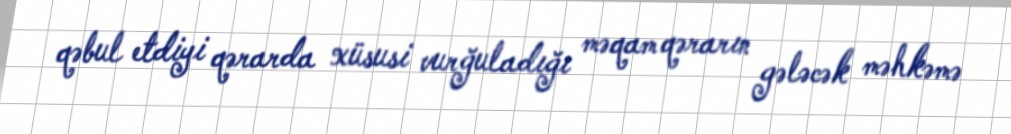
qəbul etdiyi qərarda xüsusi vurğuladığı məqam qərarın gələcək məhkəmə